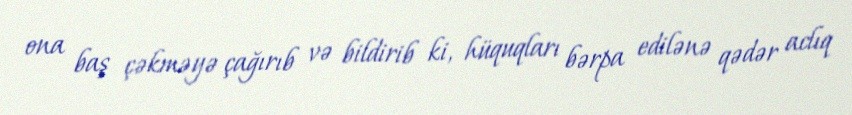
ona baş çəkməyə çağırıb və bildirib ki, hüquqları bərpa edilənə qədər aclıq